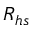
R _ { h s }